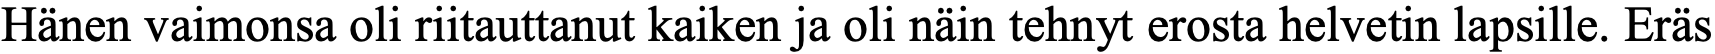
Hänen vaimonsa oli riitauttanut kaiken ja oli näin tehnyt erosta helvetin lapsille. Eräs